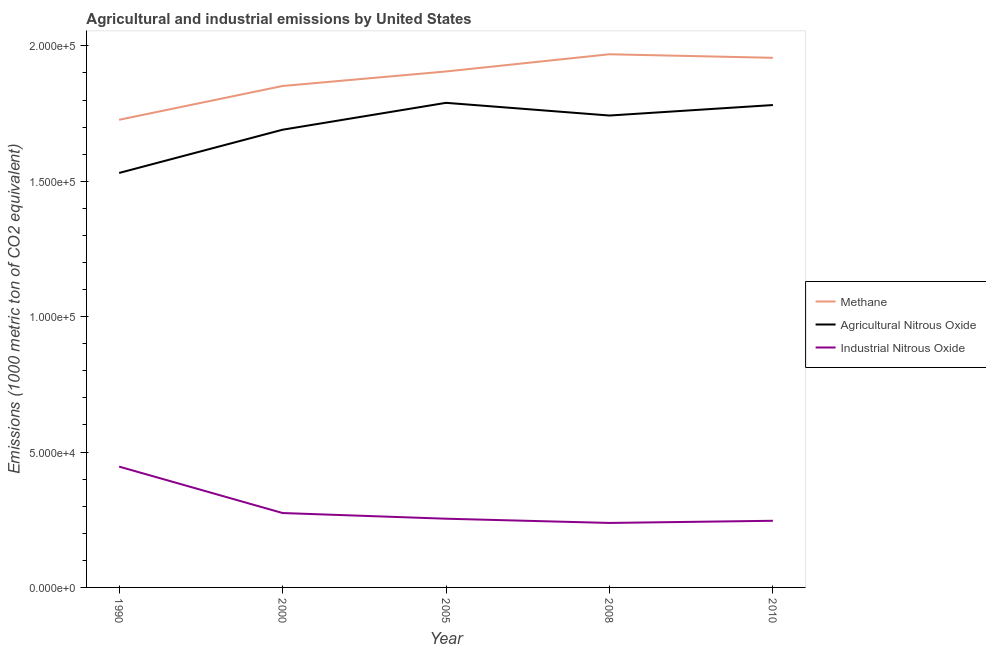
| Year | Methane | Agricultural Nitrous Oxide | Industrial Nitrous Oxide |
 | --- | --- | --- | --- |
 | 1990 | 1.73e+05 | 1.53e+05 | 4.46e+04 |
 | 2000 | 1.85e+05 | 1.69e+05 | 2.75e+04 |
 | 2005 | 1.91e+05 | 1.79e+05 | 2.54e+04 |
 | 2008 | 1.97e+05 | 1.74e+05 | 2.38e+04 |
 | 2010 | 1.96e+05 | 1.78e+05 | 2.46e+04 |